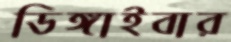
ডিঙ্গাইবার